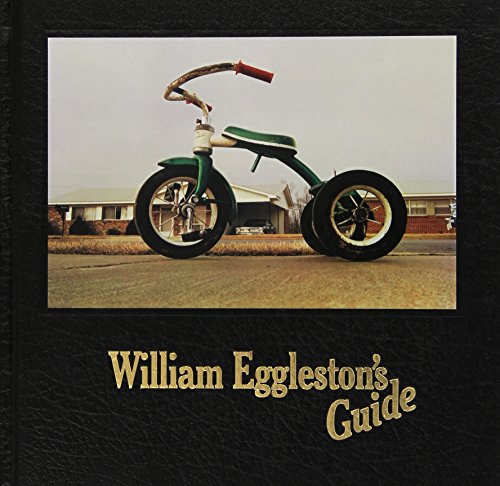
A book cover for William Eggleston's Guide; John Szarkowski; Arts & Photography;